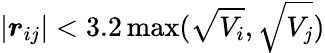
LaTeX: \left|\boldsymbol{r}_{ij}\right|<3.2\operatorname*{max}(\sqrt{V_{i}},\sqrt{V_{j}})